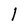
Character: 1